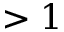
> 1